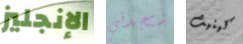
الإنجليز ستجدني كينيث